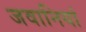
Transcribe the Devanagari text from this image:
जवानियां